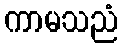
ကာမသညံ